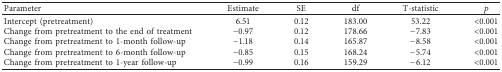
| Parameter | Estimate | SE | df | T-statistic | p |
 | --- | --- | --- | --- | --- | --- |
 | Intercept (pretreatment) | 6.51 | 0.12 | 183.00 | 53.22 | <0.001 |
 | Change from pretreatment to the end of treatment | −0.97 | 0.12 | 178.66 | −7.83 | <0.001 |
 | Change from pretreatment to 1-month follow-up | −1.18 | 0.14 | 165.87 | −8.58 | <0.001 |
 | Change from pretreatment to 6-month follow-up | −0.85 | 0.15 | 168.24 | −5.74 | <0.001 |
 | Change from pretreatment to 1-year follow-up | −0.99 | 0.16 | 159.29 | −6.12 | <0.001 |